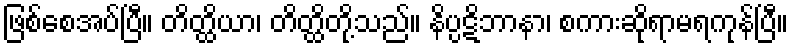
ဖြစ်စေအပ်ပြီ။ တိတ္ထိယာ၊ တိတ္ထိတို့သည်။ နိပ္ပဋိဘာနာ၊ စကားဆိုရာမရကုန်ပြီ။